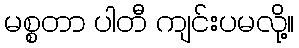
မစ္စတာ ပါတီ ကျင်းပမလို့။